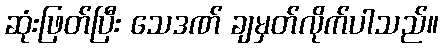
ဆုံးဖြတ်ပြီး သေဒဏ် ချမှတ်လိုက်ပါသည်။